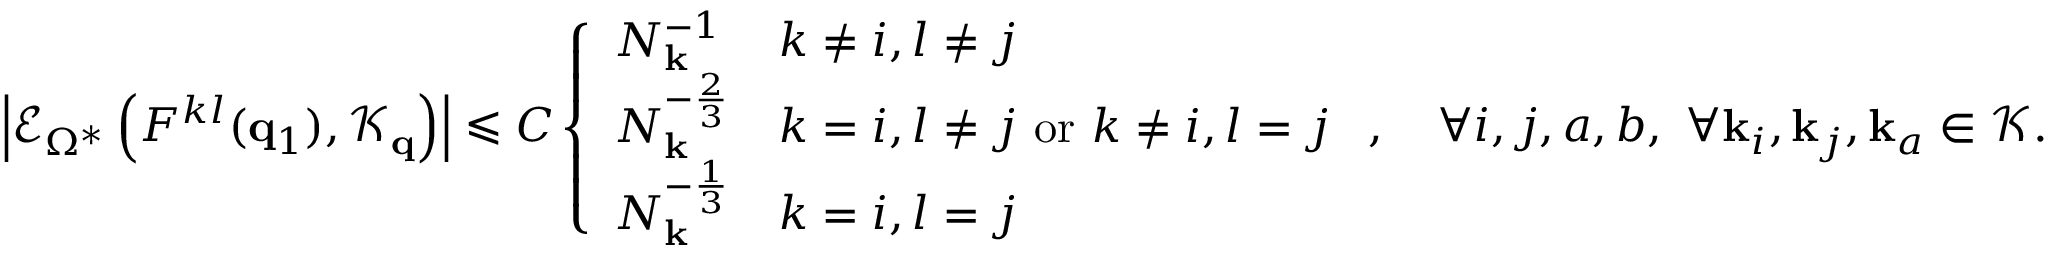
\left| \mathcal { E } _ { \Omega ^ { * } } \left( F ^ { k l } ( \mathbf { q } _ { 1 } ) , \mathcal { K } _ { \mathbf { q } } \right) \right| \leqslant C \left\{ \begin{array} { l l } { N _ { \mathbf { k } } ^ { - 1 } } & { k \neq i , l \neq j } \\ { N _ { \mathbf { k } } ^ { - \frac 2 3 } } & { k = i , l \neq j \mathrm { ~ o r ~ } k \neq i , l = j } \\ { N _ { \mathbf { k } } ^ { - \frac 1 3 } } & { k = i , l = j } \end{array} \right. , \quad \forall i , j , a , b , \ \forall \mathbf { k } _ { i } , \mathbf { k } _ { j } , \mathbf { k } _ { a } \in \mathcal { K } .